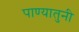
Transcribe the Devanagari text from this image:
पाण्यातुनी